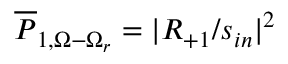
\overline { { P } } _ { 1 , \Omega - \Omega _ { r } } = | R _ { + 1 } / s _ { i n } | ^ { 2 }